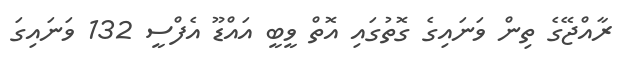
ރާއްޖޭގެ ތިން ވަނައިގެ ގޮތުގައި އޮތް ވީބީ އައްޑޫ އެފްސީ 132 ވަނައިގަ